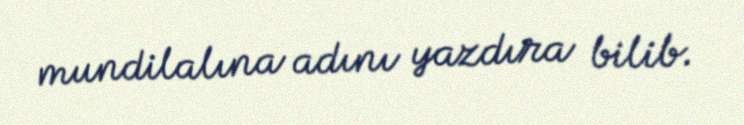
mundilalına adını yazdıra bilib.